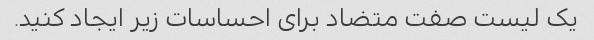
یک لیست صفت متضاد برای احساسات زیر ایجاد کنید.